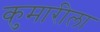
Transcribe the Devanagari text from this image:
कुमारीला